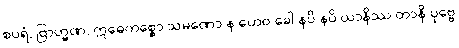
စပရံ, ဗြာဟ္မဏ, ဣဓေကစ္စော သမဏော န ဟေဝ ခေါ နပိ နပိ ယာနိဿ တာနိ ပုဗ္ဗေ